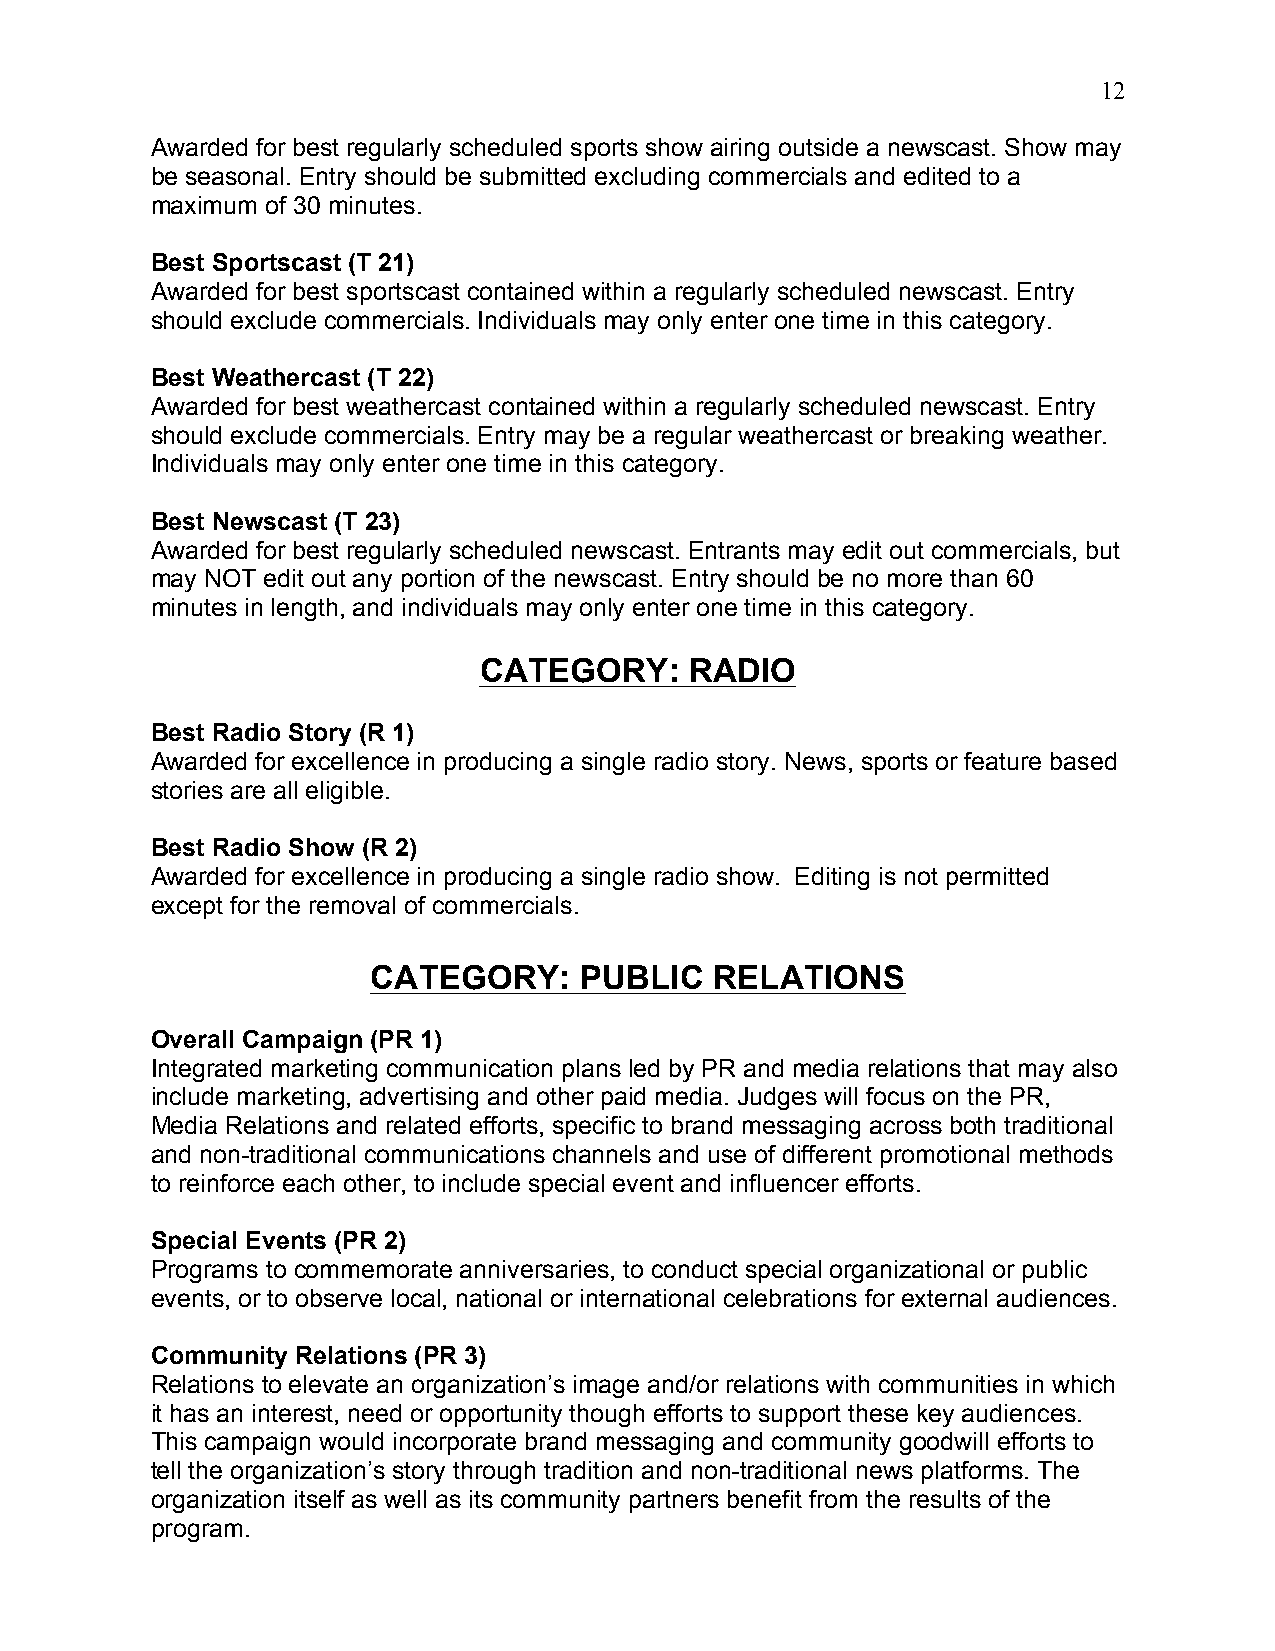
12
 Awarded for best regularly scheduled sports show airing outside a newscast. Show may
 be seasonal. Entry should be submitted excluding commercials and edited to a
 maximum of 30 minutes.
 Best Sportscast (T 21)
 Awarded for best sportscast contained within a regularly scheduled newscast. Entry
 should exclude commercials. Individuals may only enter one time in this category.
 Best Weathercast (T 22)
 Awarded for best weathercast contained within a regularly scheduled newscast. Entry
 should exclude commercials. Entry may be a regular weathercast or breaking weather.
 Individuals may only enter one time in this category.
 Best Newscast (T 23)
 Awarded for best regularly scheduled newscast. Entrants may edit out commercials, but
 may NOT edit out any portion of the newscast. Entry should be no more than 60
 minutes in length, and individuals may only enter one time in this category.
 CATEGORY:     RADIO
 Best Radio Story (R 1)
 Awarded for excellence in producing a single radio story. News, sports or feature based
 stories are all eligible.
 Best Radio Show (R 2)
 Awarded for excellence in producing a single radio show. Editing is not permitted
 except for the removal of commercials.
 CATEGORY:    PUBLIC   RELATIONS
 Overall Campaign (PR 1)
 Integrated marketing communication plans led by PR and media relations that may also
 include marketing, advertising and other paid media. Judges will focus on the PR,
 Media Relations and related efforts, specific to brand messaging across both traditional
 and non-traditional communications channels and use of different promotional methods
 to reinforce each other, to include special event and influencer efforts.
 Special Events (PR 2)
 Programs to commemorate anniversaries, to conduct special organizational or public
 events, or to observe local, national or international celebrations for external audiences.
 Community Relations (PR 3)
 Relations to elevate an organization’s image and/or relations with communities in which
 it has an interest, need or opportunity though efforts to support these key audiences.
 This campaign would incorporate brand messaging and community goodwill efforts to
 tell the organization’s story through tradition and non-traditional news platforms. The
 organization itself as well as its community partners benefit from the results of the
 program.